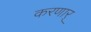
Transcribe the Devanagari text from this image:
करणार्